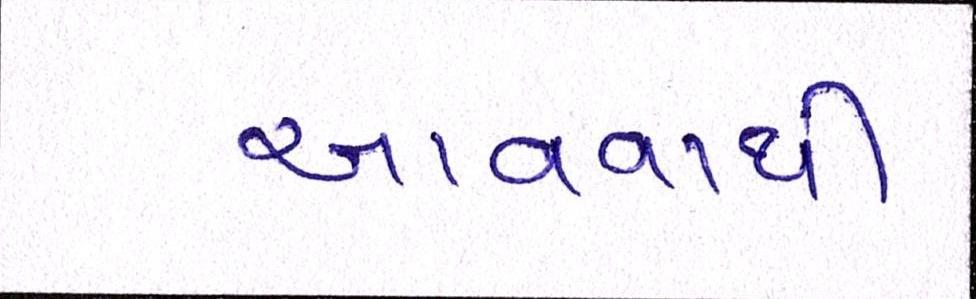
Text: આવવાથી